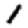
Digit: 1